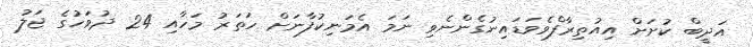
އަދީބް ކުށަށް އިއުތިރާފްވެވަޑައިނުގެންނެވި ނަމަ އެމަނިކުފާނަށް ހަތަރު މަހާއި 24 ދުވަހުގެ ޖަލު